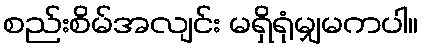
စည်းစိမ်အလျင်း မရှိရုံမျှမကပါ။